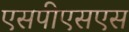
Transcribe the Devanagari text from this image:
एसपीएसएस